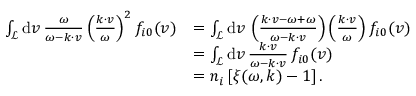
\begin{array} { r l } { \int _ { \mathcal { L } } \mathrm { d } \boldsymbol { v } \, \frac { \omega } { \omega - \boldsymbol { k } \cdot \boldsymbol { v } } \left( \frac { \boldsymbol { k } \cdot \boldsymbol { v } } { \omega } \right) ^ { 2 } f _ { i 0 } ( \boldsymbol { v } ) } & { = \int _ { \mathcal { L } } \mathrm { d } \boldsymbol { v } \, \left( \frac { \boldsymbol { k } \cdot \boldsymbol { v } - \omega + \omega } { \omega - \boldsymbol { k } \cdot \boldsymbol { v } } \right) \left( \frac { \boldsymbol { k } \cdot \boldsymbol { v } } { \omega } \right) f _ { i 0 } ( \boldsymbol { v } ) } \\ & { = \int _ { \mathcal { L } } \mathrm { d } \boldsymbol { v } \, \frac { \boldsymbol { k } \cdot \boldsymbol { v } } { \omega - \boldsymbol { k } \cdot \boldsymbol { v } } \, f _ { i 0 } ( \boldsymbol { v } ) } \\ & { = n _ { i } \, [ \xi ( \omega , \boldsymbol { k } ) - 1 ] \, . } \end{array}